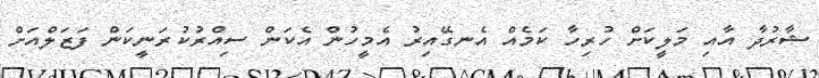
ޝާރުދާ އާއި މަލީކަށް ހުރިހާ ކަމެއް އެނގޭއިރު އެމީހުން އެކަން ސިއްރުކުރަނީކަން ފަޒަލްއަށް